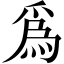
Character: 爲